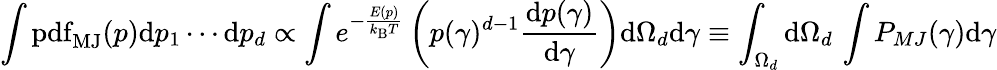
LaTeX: \int\operatorname{pdf}_{\mathrm{MJ}}(p)\mathrm{d}p_{1}\cdots\mathrm{d}p_{d}\propto\int e^{-{\frac{E(p)}{k_{\mathrm{B}}T}}}\left(p(\gamma)^{d-1}{\frac{\mathrm{d}p(\gamma)}{\mathrm{d}\gamma}}\right)\mathrm{d}\Omega_{d}\mathrm{d}\gamma\equiv\int_{\Omega_{d}}\mathrm{d}\Omega_{d}\, \int P_{MJ}(\gamma)\mathrm{d}\gamma